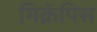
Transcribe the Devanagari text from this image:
मिक्रॅपिस